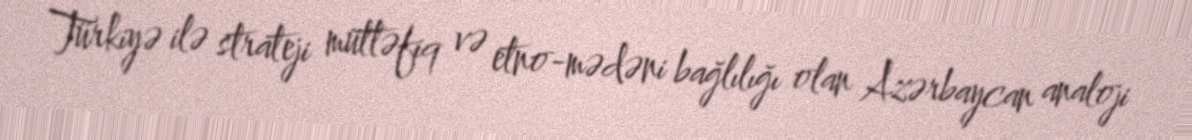
Türkiyə ilə strateji müttəfiq və etno-mədəni bağlılığı olan Azərbaycan analoji